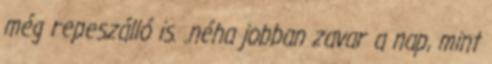
még repeszálló is. .néha jobban zavar a nap, mint